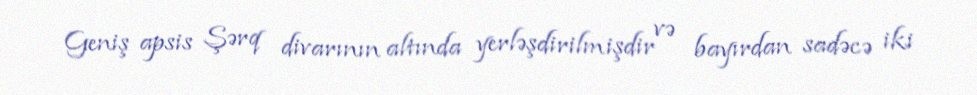
Geniş apsis Şərq divarının altında yerləşdirilmişdir və bayırdan sadəcə iki